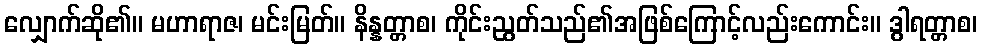
လျှောက်ဆို၏။ မဟာရာဇ၊ မင်းမြတ်။ နိန္နတ္တာစ၊ ကိုင်းညွတ်သည်၏အဖြစ်ကြောင့်လည်းကောင်း။ ဒွါရတ္တာစ၊